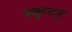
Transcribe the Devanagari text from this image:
स्कूटर्